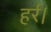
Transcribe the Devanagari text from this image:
हर्र।